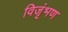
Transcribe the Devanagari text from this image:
विजृंभण